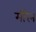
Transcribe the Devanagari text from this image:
मीरेन